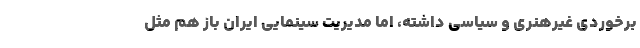
برخوردی غیرهنری و سیاسی داشته، اما مدیریت سینمایی ایران باز هم مثل